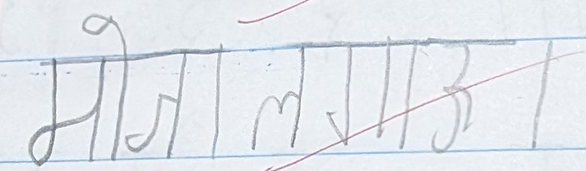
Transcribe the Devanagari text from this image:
मोजलगाजा